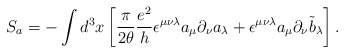
\begin{align*}S_a = -\int d^3x\left[\frac{\pi}{2\theta}\frac{e^2}{h}\epsilon^{\mu\nu\lambda}a_\mu\partial_\nu a_\lambda +\epsilon^{\mu\nu\lambda}a_\mu\partial_\nu {\tilde b}_\lambda\right].\end{align*}